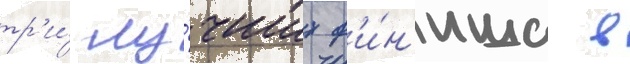
тр'и́ лу́чших ф'и́н'иша в